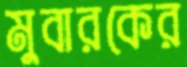
মুবারকের